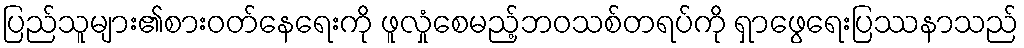
ပြည်သူများ၏စားဝတ်နေရေးကို ဖူလှုံစေမည့်ဘဝသစ်တရပ်ကို ရှာဖွေရေးပြဿနာသည်